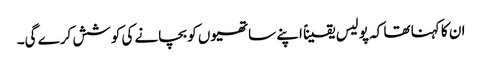
ان کا کہنا تھا کہ پولیس یقیناً اپنے ساتھیوں کو بچانے کی کوشش کرے گی۔